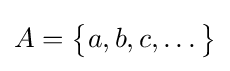
A={\big \{}a,b,c,\ldots {\big \}}